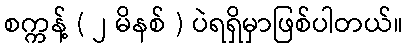
စက္ကန့် ( ၂ မိနစ် ) ပဲရရှိမှာဖြစ်ပါတယ်။